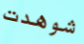
شوهدت